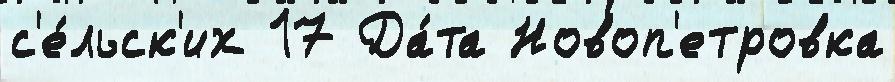
с'е́льск'их 17 Да́та Новоп'етровка